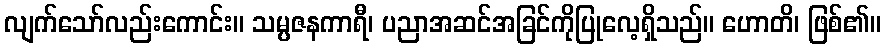
လျက်သော်လည်းကောင်း။ သမ္ပဇနကာရီ၊ ပညာအဆင်အခြင်ကိုပြုလေ့ရှိသည်။ ဟောတိ၊ ဖြစ်၏။